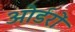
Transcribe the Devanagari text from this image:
ओर्डरों